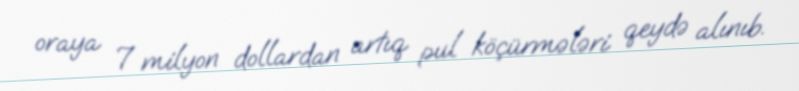
oraya 7 milyon dollardan artıq pul köçürmələri qeydə alınıb.